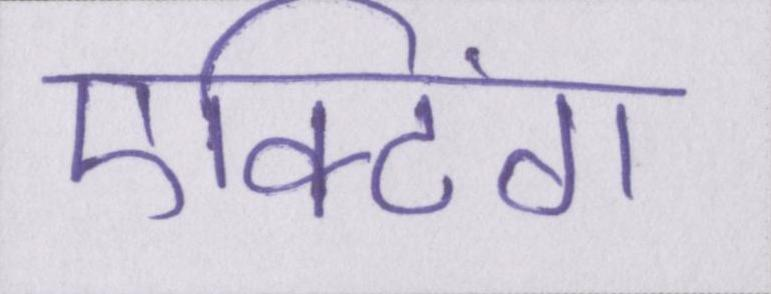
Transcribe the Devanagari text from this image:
एक्टिंग